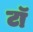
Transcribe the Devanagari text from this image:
टॉ